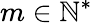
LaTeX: m\in\mathbb{N}^{*}